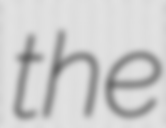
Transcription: the